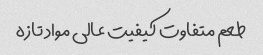
طعم متفاوت کیفیت عالی مواد تازه